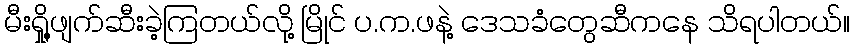
မီးရှို့ဖျက်ဆီးခဲ့ကြတယ်လို့ မြိုင် ပ.က.ဖနဲ့ ဒေသခံတွေဆီကနေ သိရပါတယ်။